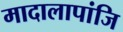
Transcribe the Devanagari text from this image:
मादालापांजि